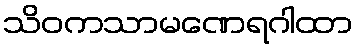
သိဝကသာမဏေရဂါထာ